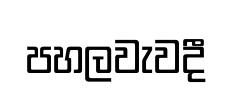
පහලවැවදී